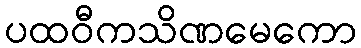
ပထဝီကသိဏမေကော